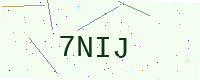
Text: 7NIJ